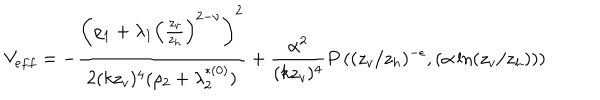
V _ { e f f } = - \frac { \left( \rho _ { 1 } + \lambda _ { 1 } \left( \frac { z _ { v } } { z _ { h } } \right) ^ { 2 - \nu } \right) ^ { 2 } } { 2 ( k z _ { v } ) ^ { 4 } ( \rho _ { 2 } + \lambda _ { 2 } ^ { * ( 0 ) } ) } + \frac { \alpha ^ { 2 } } { ( k z _ { v } ) ^ { 4 } } P \left( ( z _ { v } / z _ { h } ) ^ { - \epsilon } , \left( \alpha \ln ( z _ { v } / z _ { h } ) \right) \right)